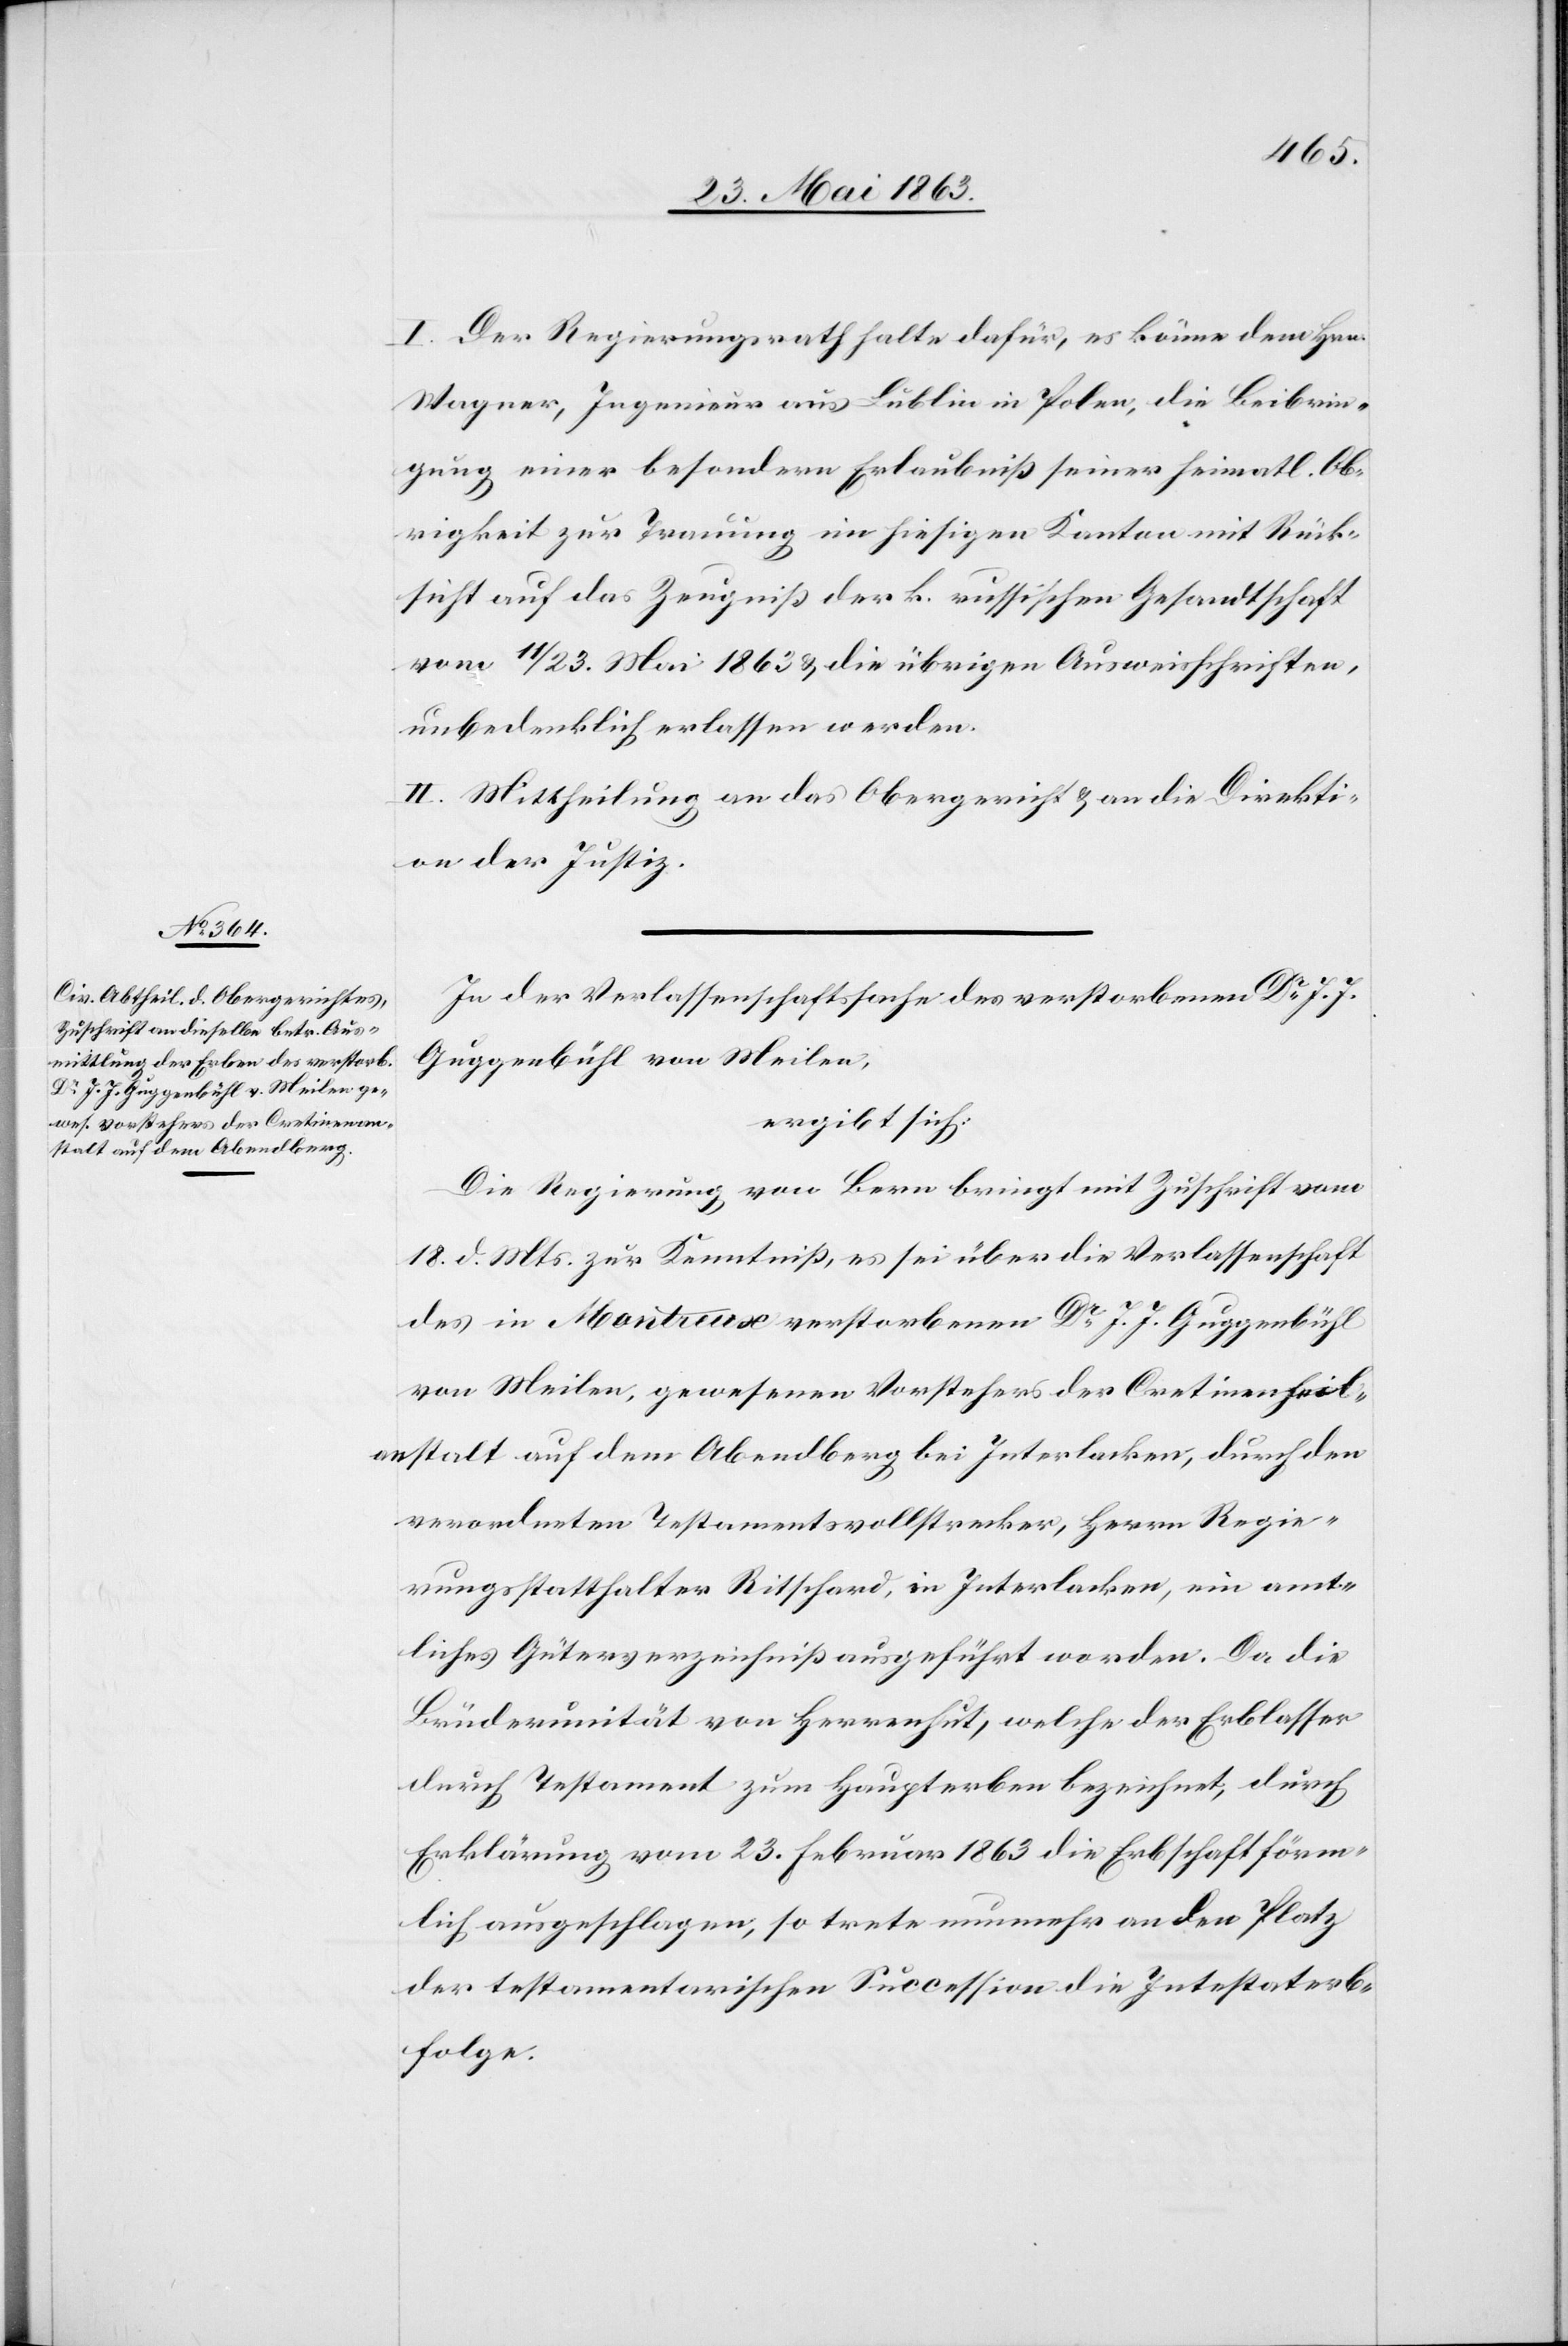
1. Juni 1863.]
I. Der Regierungsrath halte dafür, es könne dem Hrn.
Wagner, Ingenieur aus Lublin in Polen, die Beibrin¬
gung einer besondern Erlaubniß seiner heimatl. Ob¬
rigkeit zur Trauung im hiesigen Kanton mit Rück¬
sicht auf das Zeugniß der k. russischen Gesandtschaft
vom 11/23. Mai 1863 & die übrigen Ausweisschriften,
unbedenklich erlassen werden.
II. Mittheilung an das Obergericht & an die Direkti¬
on der Justiz.
In der Verlassenschaftssache des verstorbenen Dr J. J.
Guggenbühl von Meilen,
ergibt sich:
Die Regierung von Bern bringt mit Zuschrift vom
18. d. Mts. zur Kenntniß, es sei über die Verlassenschaft
des in Montreux verstorbenen Dr J. J. Guggenbühl
von Meilen, gewesenen Vorstehers der Cretinenheil¬
anstalt auf dem Abendberg bei Interlacken, durch den
verordneten Testamentsvollstrecker, Herrn Regie¬
rungsstatthalter Ritschard, in Interlacken, ein amt¬
liches Güterverzeichniß ausgeführt worden. Da die
Brüderunität von Herrenhut, welche der Erblasser
durch Testament zum Haupterben bezeichnet, durch
Erklärung vom 23. Februar 1863 die Erbschaft förm¬
lich ausgeschlagen, so trete nunmehr an den Platz
der testamentarischen Succession die Intestaterb¬
folge: